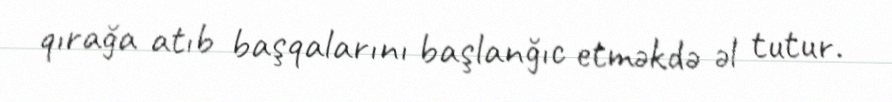
qırağa atıb başqalarını başlanğıc etməkdə əl tutur.